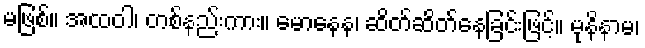
မဖြစ်။ အထဝါ၊ တစ်နည်းကား။ မောနေန၊ ဆိတ်ဆိတ်နေခြင်းဖြင့်။ မုနိနာမ၊